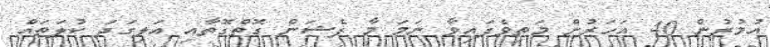
އުމުރުން 40 އަހަރުން މަތިވެފައިވާ ނަމަ މާ ފެޝަން ގޮތްގޮތާއި އަލިގަދަ ކުލަތައް